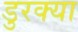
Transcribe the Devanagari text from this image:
डुरक्या